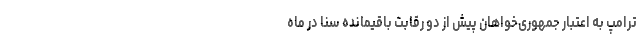
ترامپ به اعتبار جمهوری‌خواهان پیش از دو رقابت باقیمانده سنا در ماه